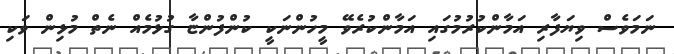
ނަމަވެސް ވިޔަފާރި އަމާންކުރުމުގައި އަމާންކުރެވޭ މީހުންނަކީ ކުންފުންޏާ ގުޅުމެއް ނެތް މުޅިން ވަކި